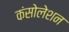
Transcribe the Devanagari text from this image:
कंसोलेशन